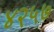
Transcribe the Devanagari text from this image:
४२५७